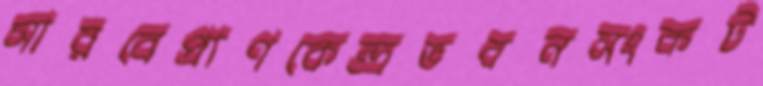
সারবেপ্রাণকেন্দ্রভবনসংকট